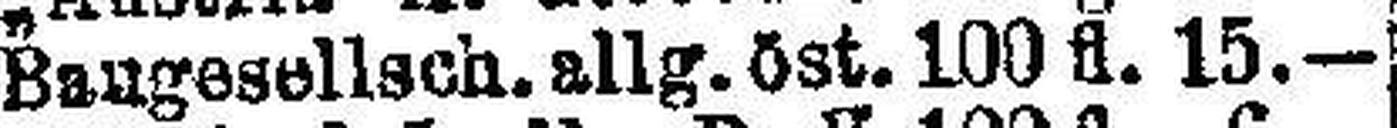
Baugesellsch. allg. öst. 100 fl. 15.—